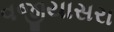
વજીયાસરા